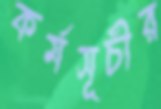
কর্মসূচীর